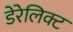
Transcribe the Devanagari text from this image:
डेरेलिक्ट